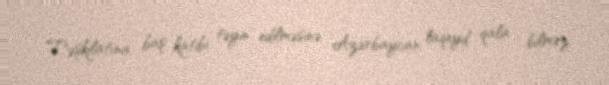
Təşkilatına baş katibi təyin edilməsinə Azərbaycan laqeyd qala bilməz.